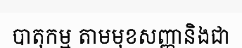
បាតុកម្ម តាមមុខសញ្ញានិងជា